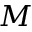
M